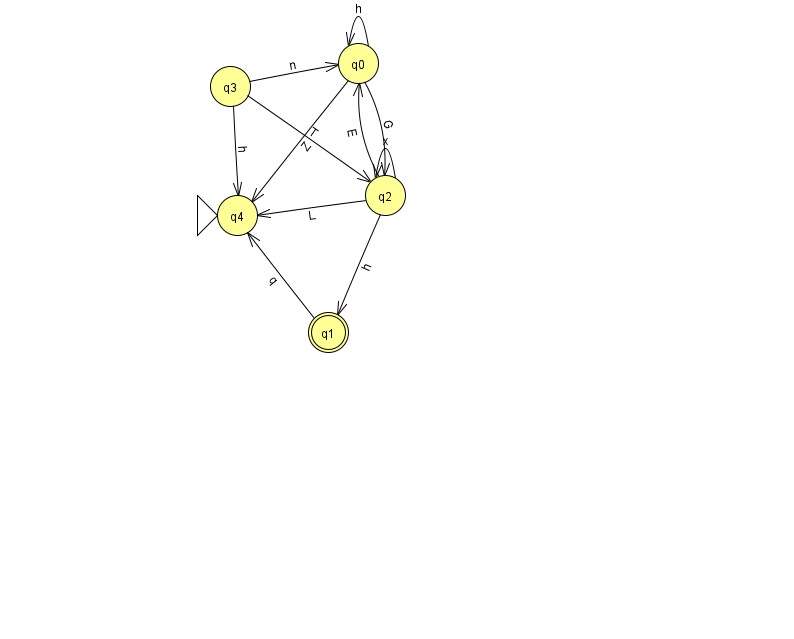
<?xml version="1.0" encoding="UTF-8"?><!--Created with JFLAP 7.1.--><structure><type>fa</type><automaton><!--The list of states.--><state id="0" name="q0"><x>358.0</x><y>50.0</y></state><state id="1" name="q1"><x>328.0</x><y>319.0</y><final/></state><state id="2" name="q2"><x>385.0</x><y>182.0</y></state><state id="3" name="q3"><x>230.0</x><y>73.0</y></state><state id="4" name="q4"><x>237.0</x><y>202.0</y><initial/></state><!--The list of transitions.--><transition><from>2</from><to>0</to><read>E</read></transition><transition><from>0</from><to>2</to><read>G</read></transition><transition><from>3</from><to>2</to><read>T</read></transition><transition><from>2</from><to>4</to><read>L</read></transition><transition><from>3</from><to>4</to><read>h</read></transition><transition><from>0</from><to>4</to><read>Z</read></transition><transition><from>0</from><to>0</to><read>h</read></transition><transition><from>2</from><to>2</to><read>x</read></transition><transition><from>1</from><to>4</to><read>q</read></transition><transition><from>2</from><to>1</to><read>h</read></transition><transition><from>3</from><to>0</to><read>n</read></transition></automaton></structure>